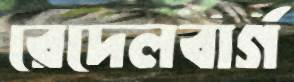
রেদেলবার্গ